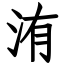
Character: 洧